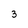
Character: 3